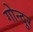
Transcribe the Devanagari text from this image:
गोन्दुर